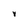
Character: y